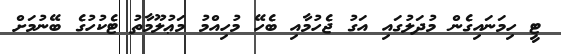
ޓީ ހިމަނައިގެން މުދަލުގައި އަގު ޖެހުމާއި ބެހޭ މުހިއްމު މަޢުލޫމާތު ޓެކުހުގެ ބޭނުމަށް